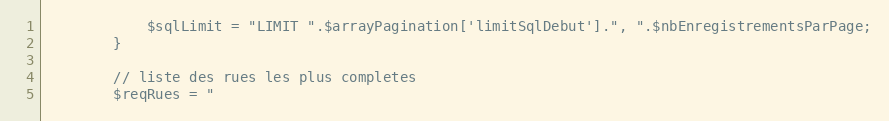
Language: PHP
			$sqlLimit = "LIMIT ".$arrayPagination['limitSqlDebut'].", ".$nbEnregistrementsParPage;
		}

		// liste des rues les plus completes
		$reqRues = "